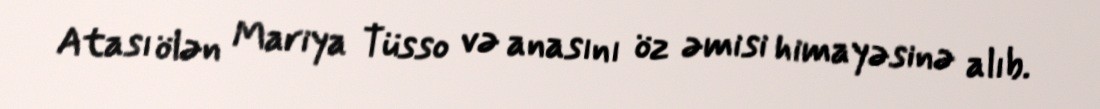
Atası ölən Mariya Tüsso və anasını öz əmisi himayəsinə alıb.